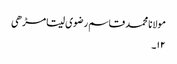
مولانا محمد قاسم رضوی سیتا مڑھی
۱۲۔